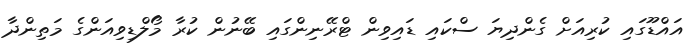
އައްޑޫގައި ކުރިއަށް ގެންދިޔަ ސްކައި ޑައިވިން ޓްރޭނިންގައި ބޭނުން ކުރާ މޯލްޑިވިއަންގެ މަތިންދާ